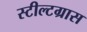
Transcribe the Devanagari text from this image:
स्टील्टग्रास